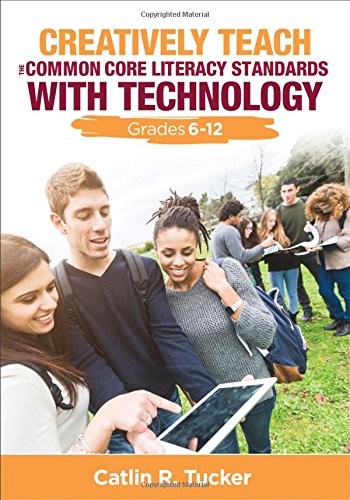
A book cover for Creatively Teach the Common Core Literacy Standards With Technology: Grades 6-12; Catlin R. (Rice) Tucker; Education & Teaching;